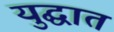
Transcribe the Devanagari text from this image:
युद्घात